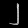
Digit: ၂